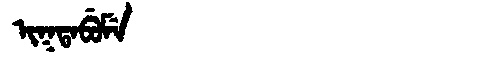
Manchu: ᡳᡴᡨᠠᠪᡠᠮᡝ
Romanization: IKTABUME